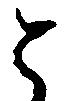
と